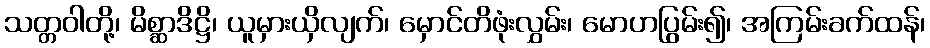
သတ္တဝါတို့၊ မိစ္ဆာဒိဋ္ဌိ၊ ယူမှားယှိလျက်၊ မှောင်တိဖုံးလွှမ်း၊ မောဟပြွမ်း၍၊ အကြမ်းခက်ထန်၊